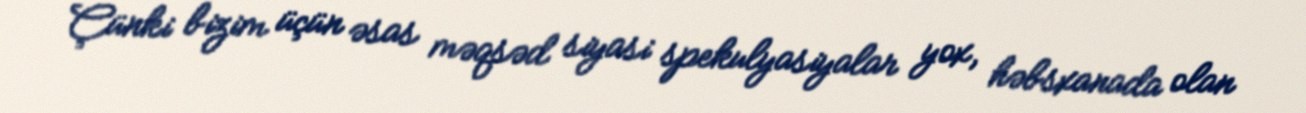
Çünki bizim üçün əsas məqsəd siyasi spekulyasiyalar yox, həbsxanada olan